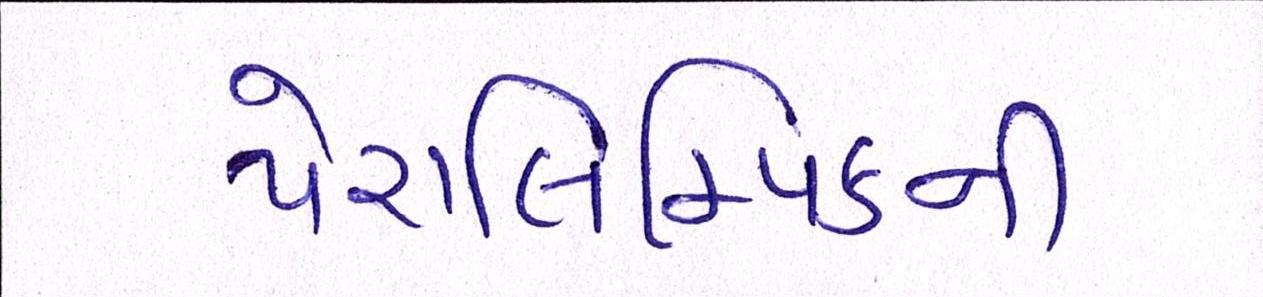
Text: પેરાલિમ્પિકની